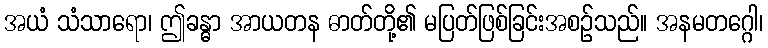
အယံ သံသာရော၊ ဤခန္ဓာ အာယတန ဓာတ်တို့၏ မပြတ်ဖြစ်ခြင်းအစဉ်သည်။ အနမတဂ္ဂေါ၊